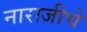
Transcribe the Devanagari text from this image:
नाराजीचे